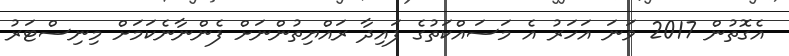
އެގޮތުން 2017 ވަނަ އަހަރު އެ މަސައްކަތުގެ ފައިދާ ރައްޔިތުންނަށް ފެންނާނެކަމަށް މިނިސްޓަރު